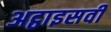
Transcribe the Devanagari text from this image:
अट्ठाइसवीं